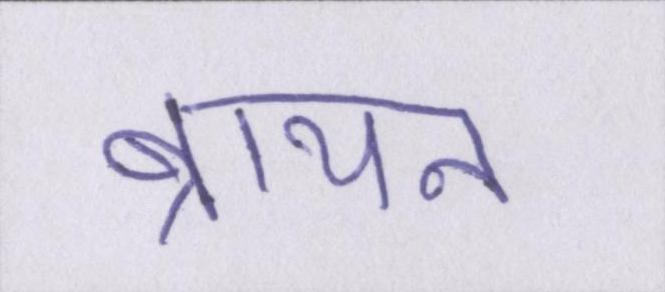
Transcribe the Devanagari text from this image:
ब्रायन